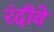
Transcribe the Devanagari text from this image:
रंदीवे